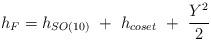
LaTeX: \begin{align*}h_F= h_{SO(10)}\ +\ h_{coset} \ +\ {{Y^2}\over 2}\end{align*}